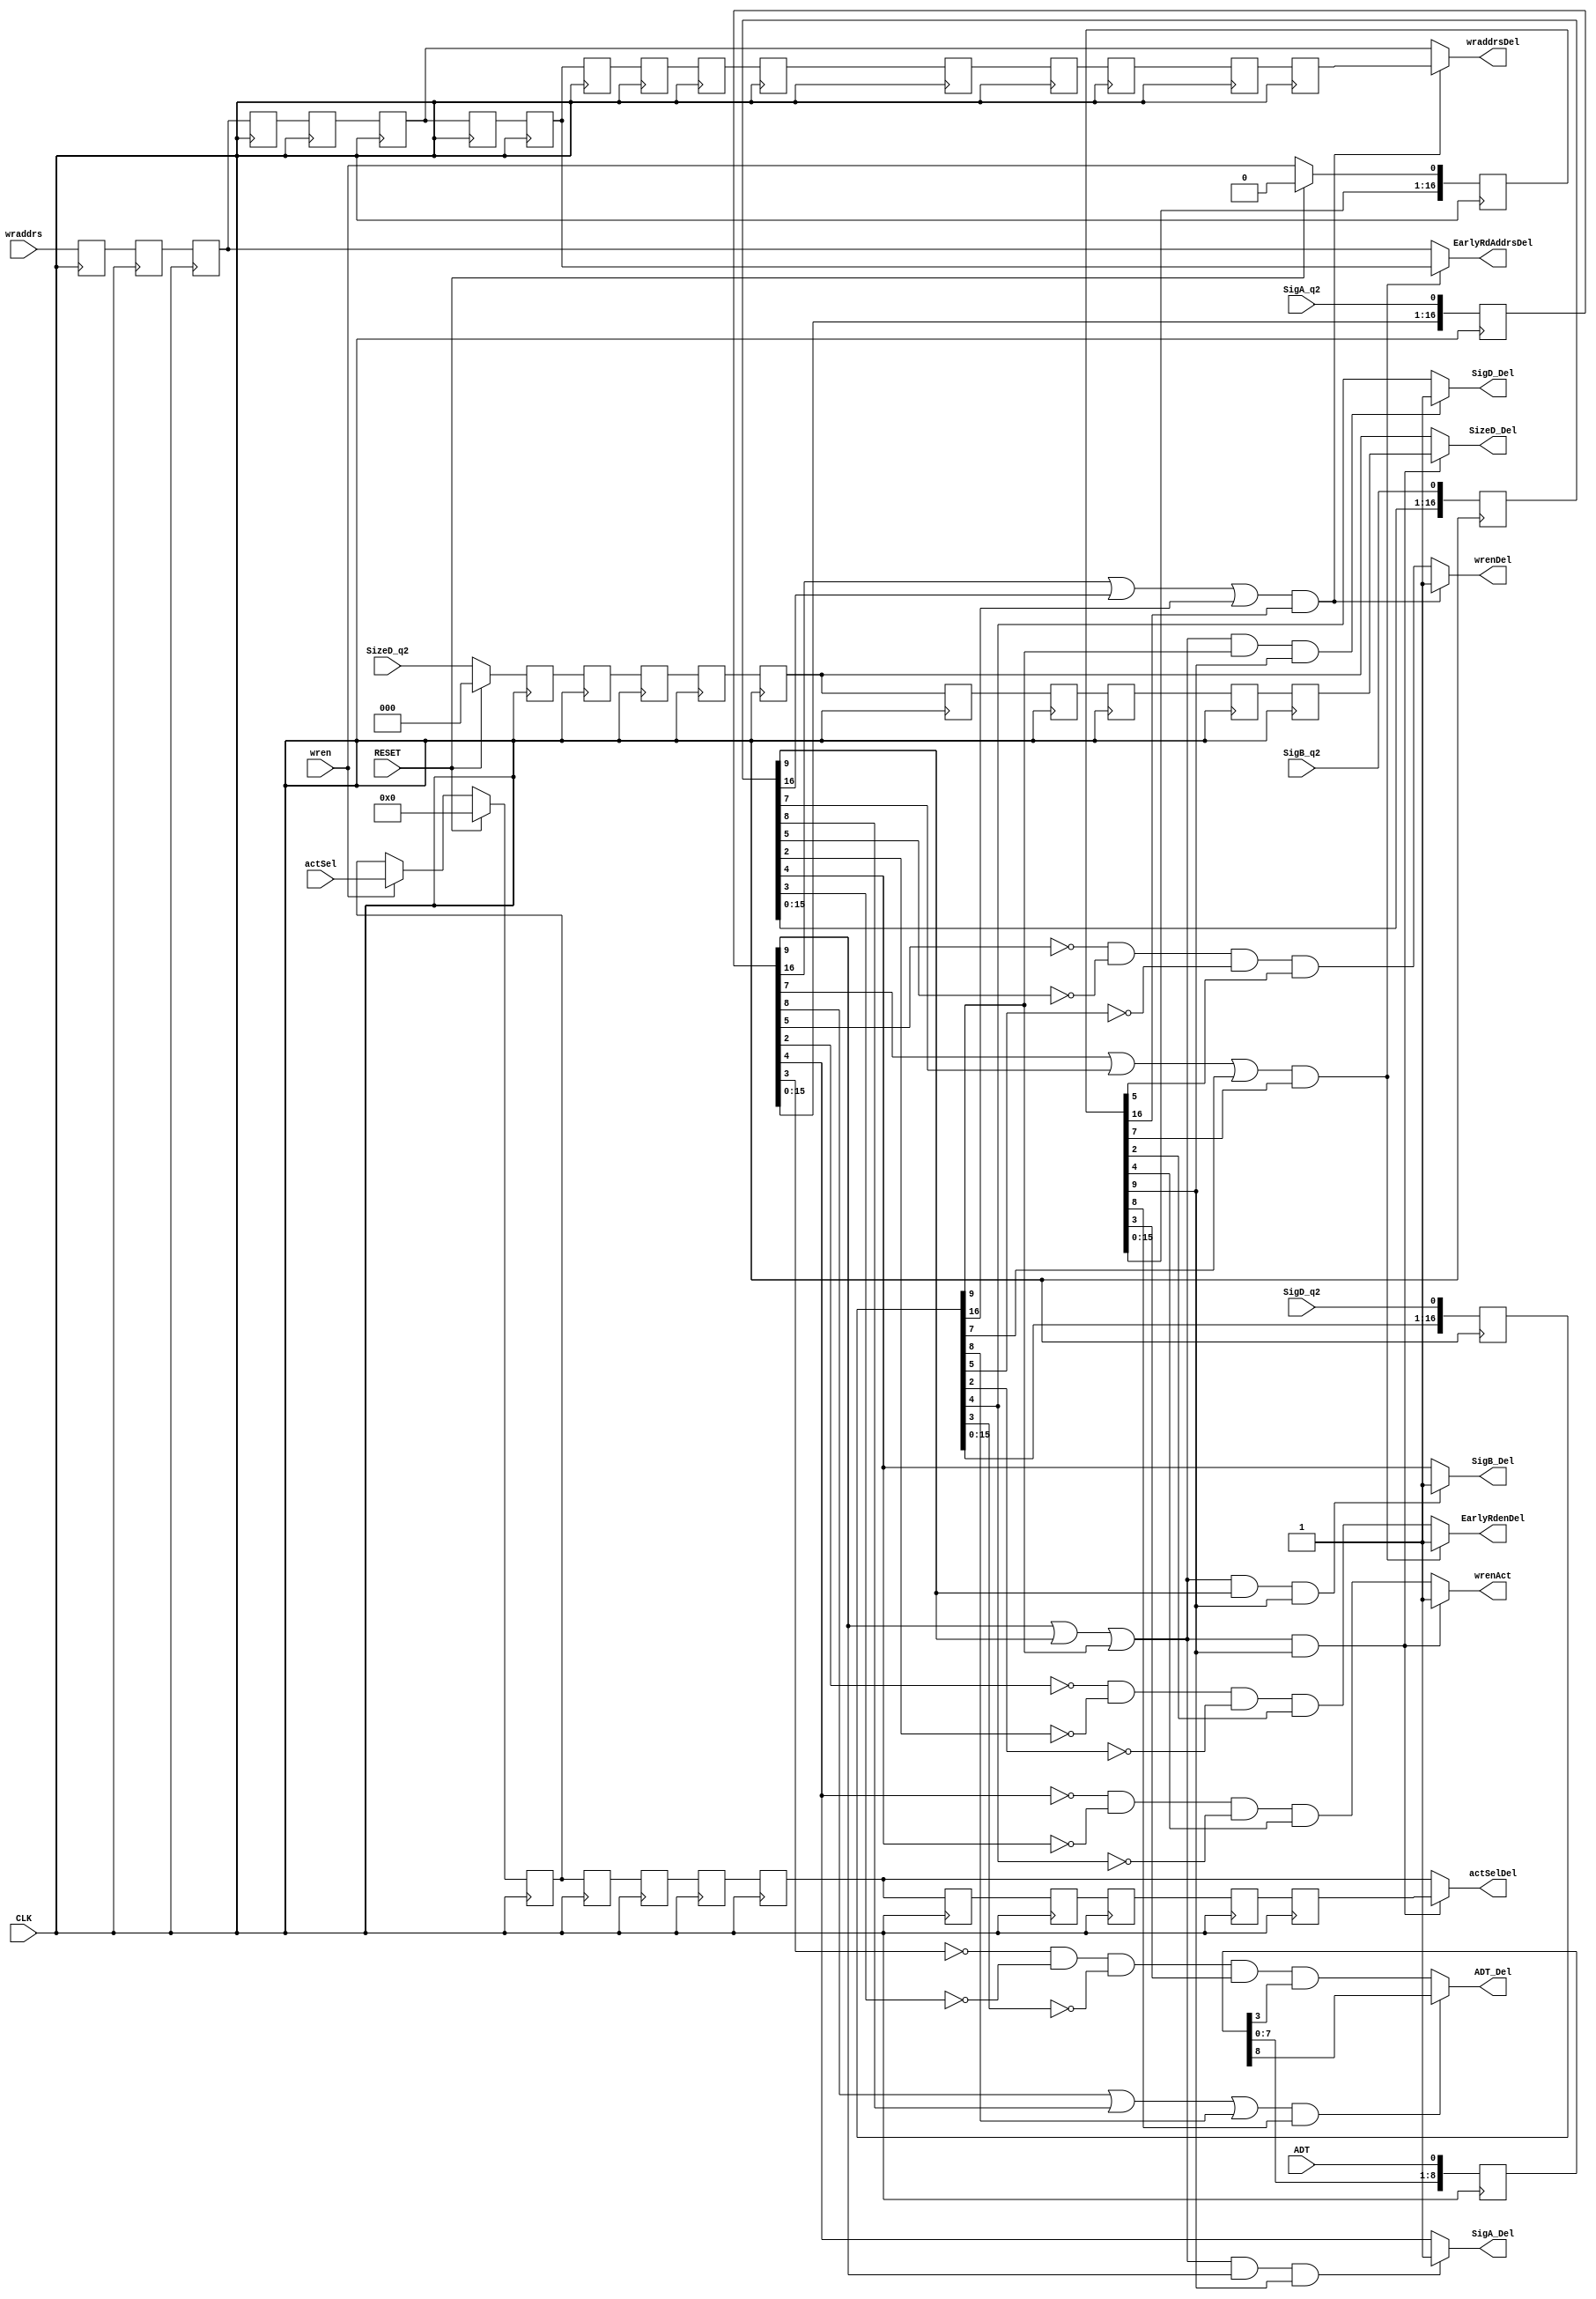
//FuNN_delays.v
//
// Version:  1.21  November 30, 2019
// Copyright (C) 2019.  All rights reserved.
//
////////////////////////////////////////////////////////////////////////////////////////////////////////////////////////
//                                                                                                                    //
//                                                    Open-Source                                                     //
//                            SYMPL 64-Bit Universal Floating-point ISA Compute Engine and                            //
//                                   Fused Universal Neural Network (FuNN) eNNgine                                    //
//                                    Evaluation and Product Development License                                      //
//                                                                                                                    //
//                                                                                                                    //
// Open-source means:  this source code and this instruction set ("this IP") may be freely downloaded, copied,        //
// modified, distributed and used in accordance with the terms and conditons of the licenses provided herein.         //
//                                                                                                                    //
// Provided that you comply with all the terms and conditions set forth herein, Jerry D. Harthcock ("licensor"),      //
// the original author and exclusive copyright owner of this SYMPL 64-Bit Universal Floating-point ISA Compute Engine //
// and Fused Universal Neural Network (FuNN) eNNgine, including related development software ("this IP"), hereby      //
// grants recipient of this IP ("licensee"), a world-wide, paid-up, non-exclusive license to implement this IP        //
// within the programmable fabric of Xilinx Kintex Ultra and Kintex Ultra+ brand FPGAs--only--and used only for the   //
// purposes of evaluation, education, and development of end products and related development tools.  Furthermore,    //
// limited to the purposes of prototyping, evaluation, characterization and testing of implementations in a hard,     //
// custom or semi-custom ASIC, any university or institution of higher education may have their implementation of     //
// this IP produced for said limited purposes at any foundary of their choosing provided that such prototypes do      //
// not ever wind up in commercial circulation, with this license extending to such foundary and is in connection      //
// with said academic pursuit and under the supervision of said university or institution of higher education.        //
//                                                                                                                    //
// Any copying, distribution, customization, modification, or derivative work of this IP must include an exact copy   //
// of this license and original copyright notice at the very top of each source file and any derived netlist, and,    //
// in the case of binaries, a printed copy of this license and/or a text format copy in a separate file distributed   //
// with said netlists or binary files having the file name, "LICENSE.txt".  You, the licensee, also agree not to      //
// remove any copyright notices from any source file covered or distributed under this Evaluation and Product         //
// Development License.                                                                                               //
//                                                                                                                    //
// LICENSOR DOES NOT WARRANT OR GUARANTEE THAT YOUR USE OF THIS IP WILL NOT INFRINGE THE RIGHTS OF OTHERS OR          //
// THAT IT IS SUITABLE OR FIT FOR ANY PURPOSE AND THAT YOU, THE LICENSEE, AGREE TO HOLD LICENSOR HARMLESS FROM        //
// ANY CLAIM BROUGHT BY YOU OR ANY THIRD PARTY FOR YOUR SUCH USE.                                                     //
//                                                                                                                    //
// Licensor reserves all his rights, including, but in no way limited to, the right to change or modify the terms     //
// and conditions of this Evaluation and Product Development License anytime without notice of any kind to anyone.    //
// By using this IP for any purpose, licensee agrees to all the terms and conditions set forth in this Evaluation     //
// and Product Development License.                                                                                   //
//                                                                                                                    //
// This Evaluation and Product Development License does not include the right to sell products that incorporate       //
// this IP or any IP derived from this IP. If you would like to obtain such a license, please contact Licensor.       //
//                                                                                                                    //
// Licensor can be contacted at:  SYMPL.gpu@gmail.com or Jerry.Harthcock@gmail.com                                    //
//                                                                                                                    //
////////////////////////////////////////////////////////////////////////////////////////////////////////////////////////

 `timescale 1ns/100ps

module FuNN_delays (
    CLK,
    RESET,
    ADT,
    actSel,
    wren,
    wraddrs,
    SigA_q2,
    SigB_q2,
    SigD_q2,
    SizeD_q2,
        
    ADT_Del,    //long is 9 clocks, short is 4 clocks
    wrenAct,    //delayed write enable for activation  --long is 10 clocks, short is 5
    SigA_Del,   //delayed SigA for activation  --long is 10 clocks, short is 5
    SigB_Del,   //delayed SigB for activation  --long is 10 clocks, short is 5
    SigD_Del,   //delayed SigD for activation  --long is 10 clocks, short is 5
    SizeD_Del,  //delayed SizeD for activation  --long is 10 clocks, short is 5
    actSelDel,  //delayed activation select  --long is 10 clocks, short is 5
    wrenDel,    //memory write enable --long is 17, clocks short is 6 clocks
    wraddrsDel, //memory write address --long is 17, clocks short is 6 clocks
    EarlyRdenDel,     // for accum C   --long is 8 clocks, short is 3 clocks
    EarlyRdAddrsDel   // for accum C   --long is 8 clocks, short is 3 clocks
    );
    
input  CLK;
input  RESET;
input  ADT;
input [3:0] actSel;
input  wren;
input  [12:0] wraddrs;
input SigA_q2;
input SigB_q2;
input SigD_q2;
input [2:0] SizeD_q2;
output ADT_Del;
output wrenAct;
output SigA_Del;
output SigB_Del;
output SigD_Del;
output [2:0] SizeD_Del;
output [3:0] actSelDel;
output wrenDel;
output [12:0] wraddrsDel;
output EarlyRdenDel;      //for accum C
output [12:0] EarlyRdAddrsDel;


reg [22:1] SigA_q2_del;
reg [22:1] SigB_q2_del;
reg [22:1] SigD_q2_del;
reg [2:0] SizeD_q2_del[22:1];

reg [22:1] wren_del;
    
reg [12:0] wraddrs_del[22:1];
reg [3:0] act_del[22:1]; //activation delay
reg [11:1] ADT_del;

wire wrenDel;
wire [12:0] wraddrsDel;
wire EarlyRdenDel;
wire [12:0] EarlyRdAddrsDel;
wire [3:0] actSelDel;
wire ADT_Del;
wire SigA_Del;
wire SigB_Del;
wire SigD_Del;
wire [2:0] SizeD_Del;

wire shortPipeSel;  //delays for shortPipeSel, actSelDel, wrenAct, SigA_Del, SigB_Del, SigD_Del and SizeD_Del must be the same
assign shortPipeSel = (~SigA_q2_del[5] && ~SigB_q2_del[5] && ~SigD_q2_del[5]);

assign wrenDel = (SigA_q2_del[17] || SigB_q2_del[17] || SigD_q2_del[17]) && wren_del[17] ? 1'b1 : (~SigA_q2_del[6] && ~SigB_q2_del[6] && ~SigD_q2_del[6]) && wren_del[6];
assign wraddrsDel = (SigA_q2_del[17] || SigB_q2_del[17] || SigD_q2_del[17]) && wren_del[17] ? wraddrs_del[17] : wraddrs_del[6];
assign EarlyRdenDel = ((SigA_q2_del[8] || SigB_q2_del[8] || SigD_q2_del[8]) && wren_del[8]) ? 1'b1 : (~SigA_q2_del[3] && ~SigB_q2_del[3] && ~SigD_q2_del[3]) && wren_del[3];
assign EarlyRdAddrsDel = (SigA_q2_del[8] || SigB_q2_del[8] || SigD_q2_del[8]) && wren_del[8] ? wraddrs_del[8] : wraddrs_del[3];  // this is for accum_Creg;

assign actSelDel = (SigA_q2_del[10] || SigB_q2_del[10] || SigD_q2_del[10]) && wren_del[10] ? act_del[10] : act_del[5]; 
assign wrenAct = (SigA_q2_del[10] || SigB_q2_del[10] || SigD_q2_del[10]) && wren_del[10] ? 1'b1 : (~SigA_q2_del[5] && ~SigB_q2_del[5] && ~SigD_q2_del[5]) && wren_del[5];

assign SigA_Del = (SigA_q2_del[10] || SigB_q2_del[10] || SigD_q2_del[10]) && SigA_q2_del[10] && wren_del[10] ? 1'b1 : SigA_q2_del[5];
assign SigB_Del = (SigA_q2_del[10] || SigB_q2_del[10] || SigD_q2_del[10]) && SigB_q2_del[10] && wren_del[10] ? 1'b1 : SigB_q2_del[5];
assign SigD_Del = (SigA_q2_del[10] || SigB_q2_del[10] || SigD_q2_del[10]) && SigD_q2_del[10] && wren_del[10] ? 1'b1 : SigD_q2_del[5];

assign SizeD_Del = (SigA_q2_del[10] || SigB_q2_del[10] || SigD_q2_del[10]) && wren_del[10] ? SizeD_q2_del[10] : SizeD_q2_del[5];
assign ADT_Del = (SigA_q2_del[9] || SigB_q2_del[9] || SigD_q2_del[9]) && wren_del[9] ? ADT_del[9] : (~SigA_q2_del[4] && ~SigB_q2_del[4] && ~SigD_q2_del[4]) && wren_del[4] && ADT_del[4];


always @(posedge CLK) begin
    if (RESET) act_del[ 1] <= 0;
    else if (wren) act_del[ 1] <= actSel;
    act_del[ 2] <= act_del[ 1];
    act_del[ 3] <= act_del[ 2];
    act_del[ 4] <= act_del[ 3];
    act_del[ 5] <= act_del[ 4];
    act_del[ 6] <= act_del[ 5];
    act_del[ 7] <= act_del[ 6];
    act_del[ 8] <= act_del[ 7];
    act_del[ 9] <= act_del[ 8];
    act_del[10] <= act_del[ 9];
    act_del[11] <= act_del[10];
    act_del[12] <= act_del[11];
    act_del[13] <= act_del[12];
    act_del[14] <= act_del[13];
    act_del[15] <= act_del[14];
    act_del[16] <= act_del[15];
    act_del[17] <= act_del[16];
    act_del[18] <= act_del[17];
    act_del[19] <= act_del[18];
    act_del[20] <= act_del[19];
    act_del[21] <= act_del[20];
    act_del[22] <= act_del[21];
end    


always @(posedge CLK) begin
    if (RESET) begin 
        wren_del[ 1] <= 0;
        wren_del[ 2] <= 0;
        wren_del[ 3] <= 0;
        wren_del[ 4] <= 0;
        wren_del[ 5] <= 0;
        wren_del[ 6] <= 0;
        wren_del[ 7] <= 0;
        wren_del[ 8] <= 0;
        wren_del[ 9] <= 0;
        wren_del[10] <= 0;
        wren_del[11] <= 0;
        wren_del[12] <= 0;
        wren_del[13] <= 0;
        wren_del[14] <= 0;
        wren_del[15] <= 0;
        wren_del[16] <= 0;
        wren_del[17] <= 0;
        wren_del[18] <= 0;
        wren_del[19] <= 0;
        wren_del[20] <= 0;
        wren_del[21] <= 0;
        wren_del[22] <= 0;
    end    
    else wren_del[1] <= wren;
    wren_del[ 2] <= wren_del[ 1];
    wren_del[ 3] <= wren_del[ 2];
    wren_del[ 4] <= wren_del[ 3];
    wren_del[ 5] <= wren_del[ 4];
    wren_del[ 6] <= wren_del[ 5];
    wren_del[ 7] <= wren_del[ 6];
    wren_del[ 8] <= wren_del[ 7];
    wren_del[ 9] <= wren_del[ 8];
    wren_del[10] <= wren_del[ 9];
    wren_del[11] <= wren_del[10];
    wren_del[12] <= wren_del[11];
    wren_del[13] <= wren_del[12];
    wren_del[14] <= wren_del[13];
    wren_del[15] <= wren_del[14];
    wren_del[16] <= wren_del[15];
    wren_del[17] <= wren_del[16];
    wren_del[18] <= wren_del[17];
    wren_del[19] <= wren_del[18];
    wren_del[20] <= wren_del[19];
    wren_del[21] <= wren_del[20];
    wren_del[22] <= wren_del[21];
end    
    
always @(posedge CLK) begin
    wraddrs_del[ 1] <= wraddrs;
    wraddrs_del[ 2] <= wraddrs_del[ 1] ;
    wraddrs_del[ 3] <= wraddrs_del[ 2];
    wraddrs_del[ 4] <= wraddrs_del[ 3];
    wraddrs_del[ 5] <= wraddrs_del[ 4];
    wraddrs_del[ 6] <= wraddrs_del[ 5];
    wraddrs_del[ 7] <= wraddrs_del[ 6];
    wraddrs_del[ 8] <= wraddrs_del[ 7];
    wraddrs_del[ 9] <= wraddrs_del[ 8];
    wraddrs_del[10] <= wraddrs_del[ 9];
    wraddrs_del[11] <= wraddrs_del[10];
    wraddrs_del[12] <= wraddrs_del[11];
    wraddrs_del[13] <= wraddrs_del[12];
    wraddrs_del[14] <= wraddrs_del[13];
    wraddrs_del[15] <= wraddrs_del[14];
    wraddrs_del[16] <= wraddrs_del[15];
    wraddrs_del[17] <= wraddrs_del[16];
    wraddrs_del[18] <= wraddrs_del[17];
    wraddrs_del[19] <= wraddrs_del[18];
    wraddrs_del[20] <= wraddrs_del[19];
    wraddrs_del[21] <= wraddrs_del[20];
    wraddrs_del[22] <= wraddrs_del[21];
end    
    
always @(posedge CLK) begin
    SigD_q2_del[1] <= SigD_q2;
    SigD_q2_del[ 2] <= SigD_q2_del[ 1] ;
    SigD_q2_del[ 3] <= SigD_q2_del[ 2];
    SigD_q2_del[ 4] <= SigD_q2_del[ 3];
    SigD_q2_del[ 5] <= SigD_q2_del[ 4];
    SigD_q2_del[ 6] <= SigD_q2_del[ 5];
    SigD_q2_del[ 7] <= SigD_q2_del[ 6];
    SigD_q2_del[ 8] <= SigD_q2_del[ 7];
    SigD_q2_del[ 9] <= SigD_q2_del[ 8];
    SigD_q2_del[10] <= SigD_q2_del[ 9];
    SigD_q2_del[11] <= SigD_q2_del[10];
    SigD_q2_del[12] <= SigD_q2_del[11];
    SigD_q2_del[13] <= SigD_q2_del[12];
    SigD_q2_del[14] <= SigD_q2_del[13];
    SigD_q2_del[15] <= SigD_q2_del[14];
    SigD_q2_del[16] <= SigD_q2_del[15];
    SigD_q2_del[17] <= SigD_q2_del[16];
    SigD_q2_del[18] <= SigD_q2_del[17];
    SigD_q2_del[19] <= SigD_q2_del[18];
    SigD_q2_del[20] <= SigD_q2_del[19];
    SigD_q2_del[21] <= SigD_q2_del[20];
    SigD_q2_del[22] <= SigD_q2_del[21];
end                         
    
always @(posedge CLK) begin
    SigA_q2_del[ 1] <= SigA_q2;
    SigA_q2_del[ 2] <= SigA_q2_del[ 1] ;
    SigA_q2_del[ 3] <= SigA_q2_del[ 2];
    SigA_q2_del[ 4] <= SigA_q2_del[ 3];
    SigA_q2_del[ 5] <= SigA_q2_del[ 4];
    SigA_q2_del[ 6] <= SigA_q2_del[ 5];
    SigA_q2_del[ 7] <= SigA_q2_del[ 6];
    SigA_q2_del[ 8] <= SigA_q2_del[ 7];
    SigA_q2_del[ 9] <= SigA_q2_del[ 8];
    SigA_q2_del[10] <= SigA_q2_del[ 9];
    SigA_q2_del[11] <= SigA_q2_del[10];
    SigA_q2_del[12] <= SigA_q2_del[11];
    SigA_q2_del[13] <= SigA_q2_del[12];
    SigA_q2_del[14] <= SigA_q2_del[13];
    SigA_q2_del[15] <= SigA_q2_del[14];
    SigA_q2_del[16] <= SigA_q2_del[15];
    SigA_q2_del[17] <= SigA_q2_del[16];
    SigA_q2_del[18] <= SigA_q2_del[17];
    SigA_q2_del[19] <= SigA_q2_del[18];
    SigA_q2_del[20] <= SigA_q2_del[19];
    SigA_q2_del[21] <= SigA_q2_del[20];
    SigA_q2_del[22] <= SigA_q2_del[21];
end                         
    
always @(posedge CLK) begin
    SigB_q2_del[ 1] <= SigB_q2;
    SigB_q2_del[ 2] <= SigB_q2_del[ 1] ;
    SigB_q2_del[ 3] <= SigB_q2_del[ 2];
    SigB_q2_del[ 4] <= SigB_q2_del[ 3];
    SigB_q2_del[ 5] <= SigB_q2_del[ 4];
    SigB_q2_del[ 6] <= SigB_q2_del[ 5];
    SigB_q2_del[ 7] <= SigB_q2_del[ 6];
    SigB_q2_del[ 8] <= SigB_q2_del[ 7];
    SigB_q2_del[ 9] <= SigB_q2_del[ 8];
    SigB_q2_del[10] <= SigB_q2_del[ 9];
    SigB_q2_del[11] <= SigB_q2_del[10];
    SigB_q2_del[12] <= SigB_q2_del[11];
    SigB_q2_del[13] <= SigB_q2_del[12];
    SigB_q2_del[14] <= SigB_q2_del[13];
    SigB_q2_del[15] <= SigB_q2_del[14];
    SigB_q2_del[16] <= SigB_q2_del[15];
    SigB_q2_del[17] <= SigB_q2_del[16];
    SigB_q2_del[18] <= SigB_q2_del[17];
    SigB_q2_del[19] <= SigB_q2_del[18];
    SigB_q2_del[20] <= SigB_q2_del[19];
    SigB_q2_del[21] <= SigB_q2_del[20];
    SigB_q2_del[22] <= SigB_q2_del[21];
end                         

always @(posedge CLK) begin
    if (RESET) SizeD_q2_del[1] <= 0;
    else SizeD_q2_del[1] <= SizeD_q2;
    SizeD_q2_del[ 2] <= SizeD_q2_del[ 1] ;
    SizeD_q2_del[ 3] <= SizeD_q2_del[ 2];
    SizeD_q2_del[ 4] <= SizeD_q2_del[ 3];
    SizeD_q2_del[ 5] <= SizeD_q2_del[ 4];
    SizeD_q2_del[ 6] <= SizeD_q2_del[ 5];
    SizeD_q2_del[ 7] <= SizeD_q2_del[ 6];
    SizeD_q2_del[ 8] <= SizeD_q2_del[ 7];
    SizeD_q2_del[ 9] <= SizeD_q2_del[ 8];
    SizeD_q2_del[10] <= SizeD_q2_del[ 9];
    SizeD_q2_del[11] <= SizeD_q2_del[10];
    SizeD_q2_del[12] <= SizeD_q2_del[11];
    SizeD_q2_del[13] <= SizeD_q2_del[12];
    SizeD_q2_del[14] <= SizeD_q2_del[13];
    SizeD_q2_del[15] <= SizeD_q2_del[14];
    SizeD_q2_del[16] <= SizeD_q2_del[15];
    SizeD_q2_del[17] <= SizeD_q2_del[16];
    SizeD_q2_del[18] <= SizeD_q2_del[17];
    SizeD_q2_del[19] <= SizeD_q2_del[18];
    SizeD_q2_del[20] <= SizeD_q2_del[19];
    SizeD_q2_del[21] <= SizeD_q2_del[20];
    SizeD_q2_del[22] <= SizeD_q2_del[21];
end                         
    
always @(posedge CLK) begin
    ADT_del[1] <= ADT;
    ADT_del[ 2] <= ADT_del[ 1];
    ADT_del[ 3] <= ADT_del[ 2];
    ADT_del[ 4] <= ADT_del[ 3];
    ADT_del[ 5] <= ADT_del[ 4];
    ADT_del[ 6] <= ADT_del[ 5];
    ADT_del[ 7] <= ADT_del[ 6];
    ADT_del[ 8] <= ADT_del[ 7];
    ADT_del[ 9] <= ADT_del[ 8];
    ADT_del[10] <= ADT_del[ 9];
    ADT_del[11] <= ADT_del[10];
end    
    


    
    
endmodule